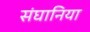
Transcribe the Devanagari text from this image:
संघानिया